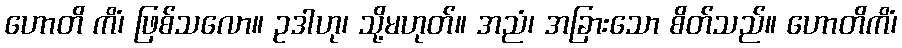
ဟောတိ ကိံ၊ ဖြစ်သလော။ ဥဒါဟု၊ သို့မဟုတ်။ အညံ၊ အခြားသော စိတ်သည်။ ဟောတိကိံ၊